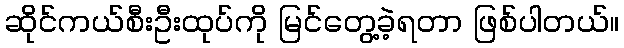
ဆိုင်ကယ်စီးဦးထုပ်ကို မြင်တွေ့ခဲ့ရတာ ဖြစ်ပါတယ်။